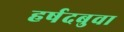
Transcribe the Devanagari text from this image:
हर्षदबुवा